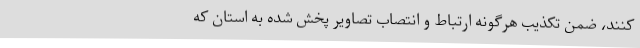
کنند، ضمن تکذیب هرگونه ارتباط و انتصاب تصاویر پخش شده به استان که